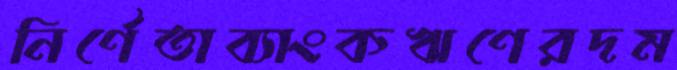
নির্ণেতাব্যাংকঋণেরদম